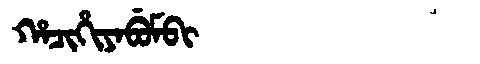
Manchu: ᡥᠠᠴᡳᡥᡳᠶᠠᠪᡠᠮᠪᡳ
Romanization: HACIHIYABUMBI